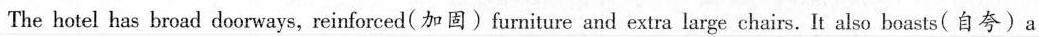
The hotel has broad doorways,reinforced( 加固)furniture and extra large chairs. It also boasts( 自夸)a